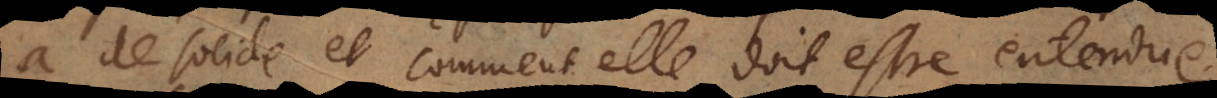
a de solide et comment elle doit estre entendue.